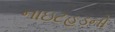
નાઇટહૂડનો